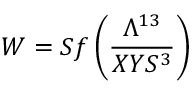
W = S f \left( { \frac { \Lambda ^ { 1 3 } } { X Y S ^ { 3 } } } \right)